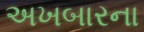
અખબારના